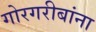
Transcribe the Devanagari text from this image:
गोरगरीबांना